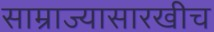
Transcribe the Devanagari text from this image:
साम्राज्यासारखीच